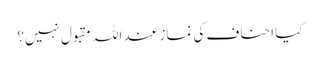
کیا احناف کی نماز عند اللہ مقبول نہیں؟